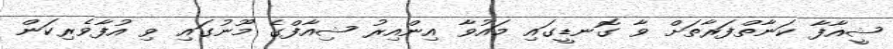
ޝީއާފާ ކަނާތްފަރާތަށް ވާ ގޮނޑީގައި މައުވާ އިންއިރު ޝިއާފްގެ މޫނުގައި ވި އުފާވެރިކަން